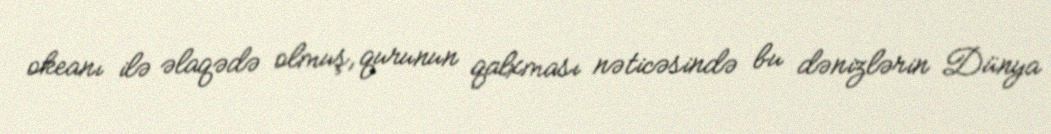
okeanı ilə əlaqədə olmuş, qurunun qalxması nəticəsində bu dənizlərin Dünya